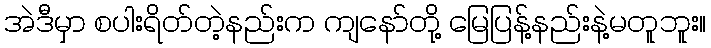
အဲဒီမှာ စပါးရိတ်တဲ့နည်းက ကျနော်တို့ မြေပြန့်နည်းနဲ့မတူဘူး။